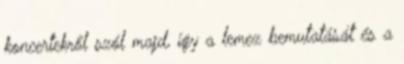
koncertekről szól majd, így a lemez bemutatását és a